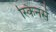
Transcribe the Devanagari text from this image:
स्किनर्स